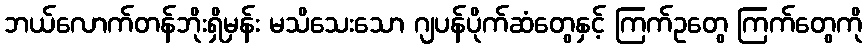
ဘယ်လောက်တန်ဘိုးရှိမှန်း မသိသေးသော ဂျပန်ပိုက်ဆံတွေနှင့် ကြက်ဥတွေ ကြက်တွေကို